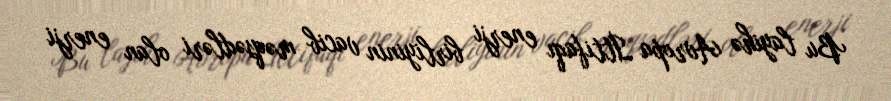
Bu layihə Avropa İttifaqı enerji birliyinin vacib məqsədləri olan enerji